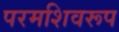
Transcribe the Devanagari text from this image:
परमशिवरूप